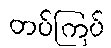
တပ်ကြပ်